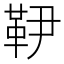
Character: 𩉥